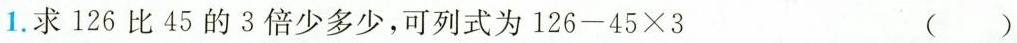
1. 求126比45的3倍少多少，可列式为$$126-45 \times3$$ （）